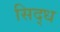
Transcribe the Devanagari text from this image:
सिद्‌ध